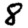
Digit: 8